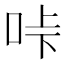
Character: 𠱚